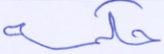
حكمه